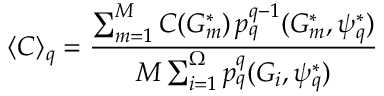
\langle C \rangle _ { q } = \frac { \sum _ { m = 1 } ^ { M } C ( G _ { m } ^ { * } ) \, p _ { q } ^ { q - 1 } ( G _ { m } ^ { * } , \psi _ { q } ^ { * } ) } { M \sum _ { i = 1 } ^ { \Omega } p _ { q } ^ { q } ( G _ { i } , \psi _ { q } ^ { * } ) }